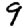
Digit: 9